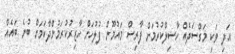
އަދި ވަކި މަގްސަދެއް ހާސިލްކުުރުމަށް ފާރިސް މައުމޫން ފުުލުހަށް ހާޒިރުކުރަމުންދާކަމަށް ބުނެ ބައެއް